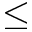
\leq